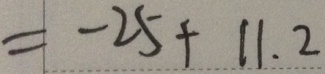
= - 2 5 + 1 1 . 2